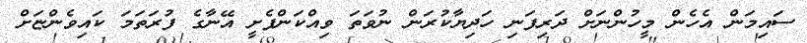
ސައިމަން އެހެން މީހުންނަށް ދަރިފަނި ހަދިޔާކުރަން ނުވަތަ ވިއްކަންފެށީ އޭނާގެ ފުރަތަމަ ކައިވެންޏަށް